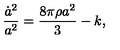
{ \frac { \dot { a } ^ { 2 } } { a ^ { 2 } } } = \frac { 8 \pi \rho a ^ { 2 } } { 3 } - k ,